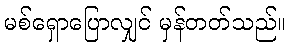
မစ်ရှောပြောလျှင် မှန်တတ်သည်။